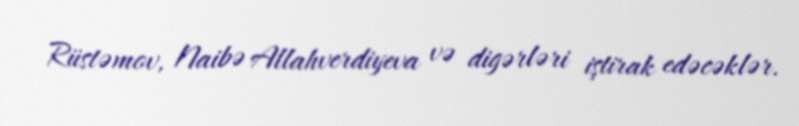
Rüstəmov, Naibə Allahverdiyeva və digərləri iştirak edəcəklər.